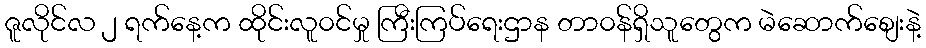
ဇူလိုင်လ ၂ ရက်နေ့က ထိုင်းလူ၀င်မှု ကြီးကြပ်ရေးဌာန တာ၀န်ရှိသူတွေက မဲဆောက်စျေးနဲ့